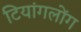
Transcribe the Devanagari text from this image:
टियांगलोंग